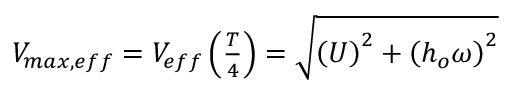
\begin{array} { r } { V _ { m a x , e f f } = V _ { e f f } \left( \frac { T } { 4 } \right) = \sqrt { \left( U \right) ^ { 2 } + \left( h _ { o } \omega \right) ^ { 2 } } } \end{array}